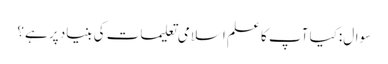
سوال:کیا آپ کا علم اسلامی تعلیمات کی بنیاد پر ہے؟